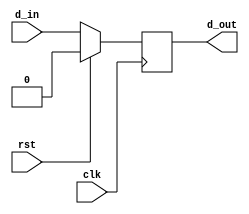
module pos_edge (clk, rst, d_in, d_out);

  input d_in, clk, rst;
  output reg d_out;

   always @(posedge clk)
     begin
	if(rst)
	 d_out<= 0;
	else
         d_out <= d_in;
     end

endmodule